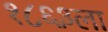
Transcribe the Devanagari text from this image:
१८६३ला